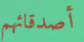
أصدقائهم